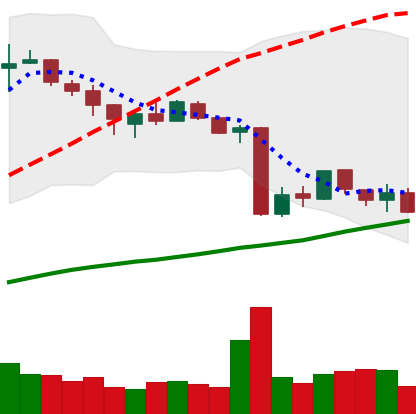
Ticker: BTC-USD
Chart end date: 2015-08-15
Forward return: -10.017%
Label: down_7plus